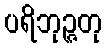
ပရိဘုဉ္ဇတု